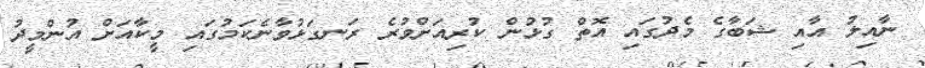
ނާއިލު އާއި ޝަބާގެ މެދުގައި އޮތް ގުޅުން ކުރިއަށްވުރެ ރަނގަޅުވާނެކަމުގައި މީކާއަށް އުންމީދު